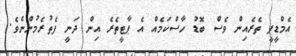
އެމްޑީޕީ ތެރެއިން ވެސް ބޮޑު ހާސްކަމެއް އެ ޕާޓީތެރެ އިން ދަނީ ފެތުރެމުންނެވެ.